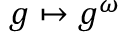
g \mapsto g ^ { \omega }